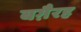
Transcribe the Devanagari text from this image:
बग़ैरह